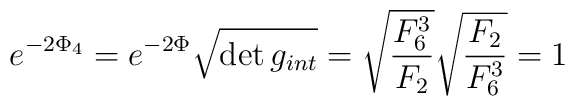
e^{-2\Phi_4} = e^{-2\Phi} \sqrt{\det g_{int}} =\sqrt{ {F_6^3 \over F_2}}\sqrt{ {F_2 \over F_6^3}} = 1